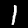
Digit: 1